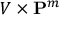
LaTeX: V \times \mathbf { P } ^ { m }